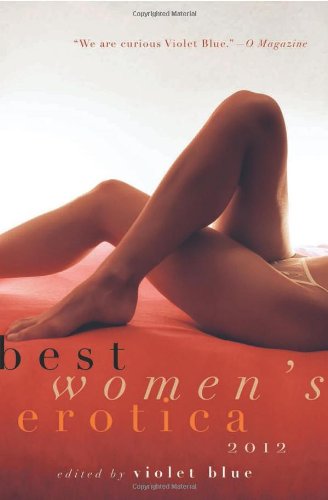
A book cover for Best Women's Erotica 2012; Romance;